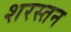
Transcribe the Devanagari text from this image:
शरस्तन